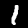
Label: 1